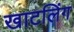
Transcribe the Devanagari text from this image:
खाटलिंग